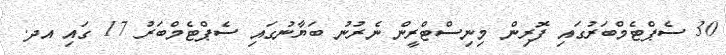
30 ސެޕްޓެމްބަރުގައި ފޮރިން މިނިސްޓްރީން ނެރުނު ބަޔާނުގައި ސެޕްޓެމްބަރު 17 ގައި އދ.